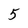
Character: 5